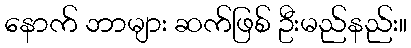
နောက် ဘာများ ဆက်ဖြစ် ဦးမည်နည်း။